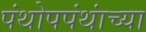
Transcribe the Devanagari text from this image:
पंथोपपंथांच्या